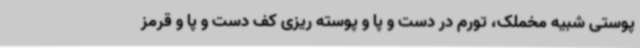
پوستی شبیه مخملک، تورم در دست و پا و پوسته ریزی کف دست و پا و قرمز